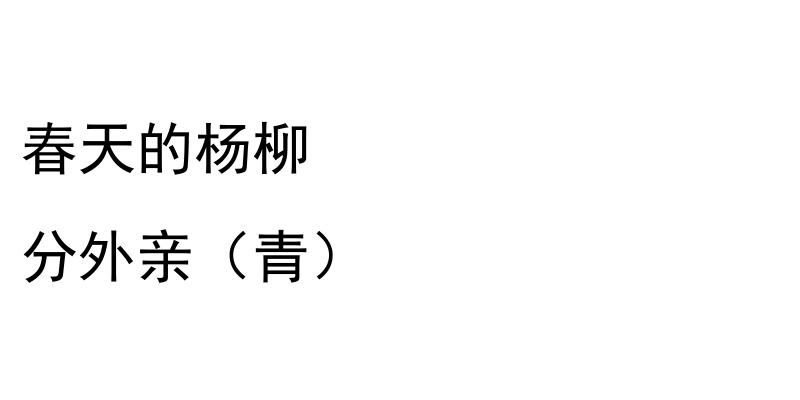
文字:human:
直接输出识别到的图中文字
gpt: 春天的杨柳 分外亲（青）